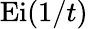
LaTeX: \operatorname{Ei}(1/t)